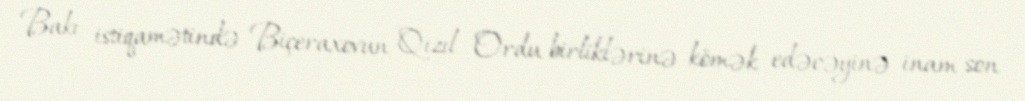
Bakı istiqamətində Biçeraxovun Qızıl Ordu birliklərinə kömək edəcəyinə inam son